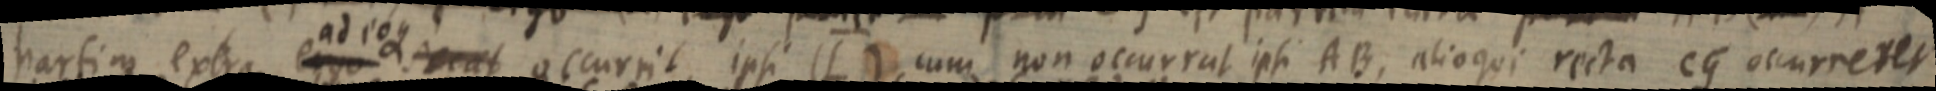
partim extra ergo adeoque secat occurrit ipsi (L) cum non occurrut ipsi AB, alioqui recta CG occurreret